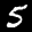
Label: 5